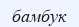
бамбук